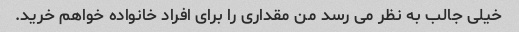
خیلی جالب به نظر می رسد من مقداری را برای افراد خانواده خواهم خرید.